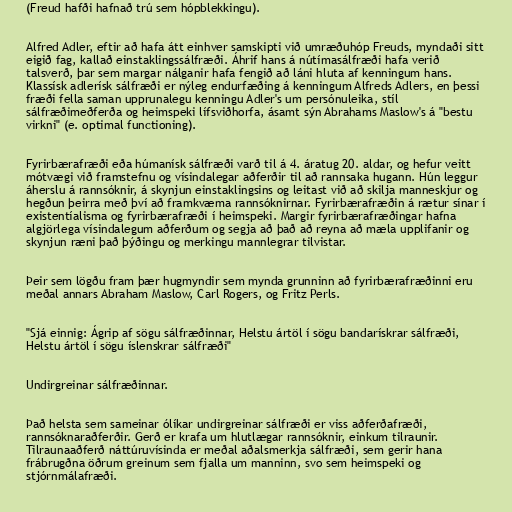
(Freud hafði hafnað trú sem hópblekkingu).

Alfred Adler, eftir að hafa átt einhver samskipti við umræðuhóp Freuds, myndaði sitt
eigið fag, kallað einstaklingssálfræði. Áhrif hans á nútímasálfræði hafa verið
talsverð, þar sem margar nálganir hafa fengið að láni hluta af kenningum hans.
Klassísk adlerísk sálfræði er nýleg endurfæðing á kenningum Alfreds Adlers, en þessi
fræði fella saman upprunalegu kenningu Adler's um persónuleika, stíl
sálfræðimeðferða og heimspeki lífsviðhorfa, ásamt sýn Abrahams Maslow's á "bestu
virkni" (e. optimal functioning).

Fyrirbærafræði eða húmanísk sálfræði varð til á 4. áratug 20. aldar, og hefur veitt
mótvægi við framstefnu og vísindalegar aðferðir til að rannsaka hugann. Hún leggur
áherslu á rannsóknir, á skynjun einstaklingsins og leitast við að skilja manneskjur og
hegðun þeirra með því að framkvæma rannsóknirnar. Fyrirbærafræðin á rætur sínar í
existentíalisma og fyrirbærafræði í heimspeki. Margir fyrirbærafræðingar hafna
algjörlega vísindalegum aðferðum og segja að það að reyna að mæla upplifanir og
skynjun ræni það þýðingu og merkingu mannlegrar tilvistar.

Þeir sem lögðu fram þær hugmyndir sem mynda grunninn að fyrirbærafræðinni eru
meðal annars Abraham Maslow, Carl Rogers, og Fritz Perls.

"Sjá einnig: Ágrip af sögu sálfræðinnar, Helstu ártöl í sögu bandarískrar sálfræði,
Helstu ártöl í sögu íslenskrar sálfræði"

Undirgreinar sálfræðinnar.

Það helsta sem sameinar ólíkar undirgreinar sálfræði er viss aðferðafræði,
rannsóknaraðferðir. Gerð er krafa um hlutlægar rannsóknir, einkum tilraunir.
Tilraunaaðferð náttúruvísinda er meðal aðalsmerkja sálfræði, sem gerir hana
frábrugðna öðrum greinum sem fjalla um manninn, svo sem heimspeki og
stjórnmálafræði.